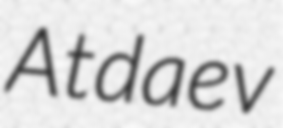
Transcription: Atdaev